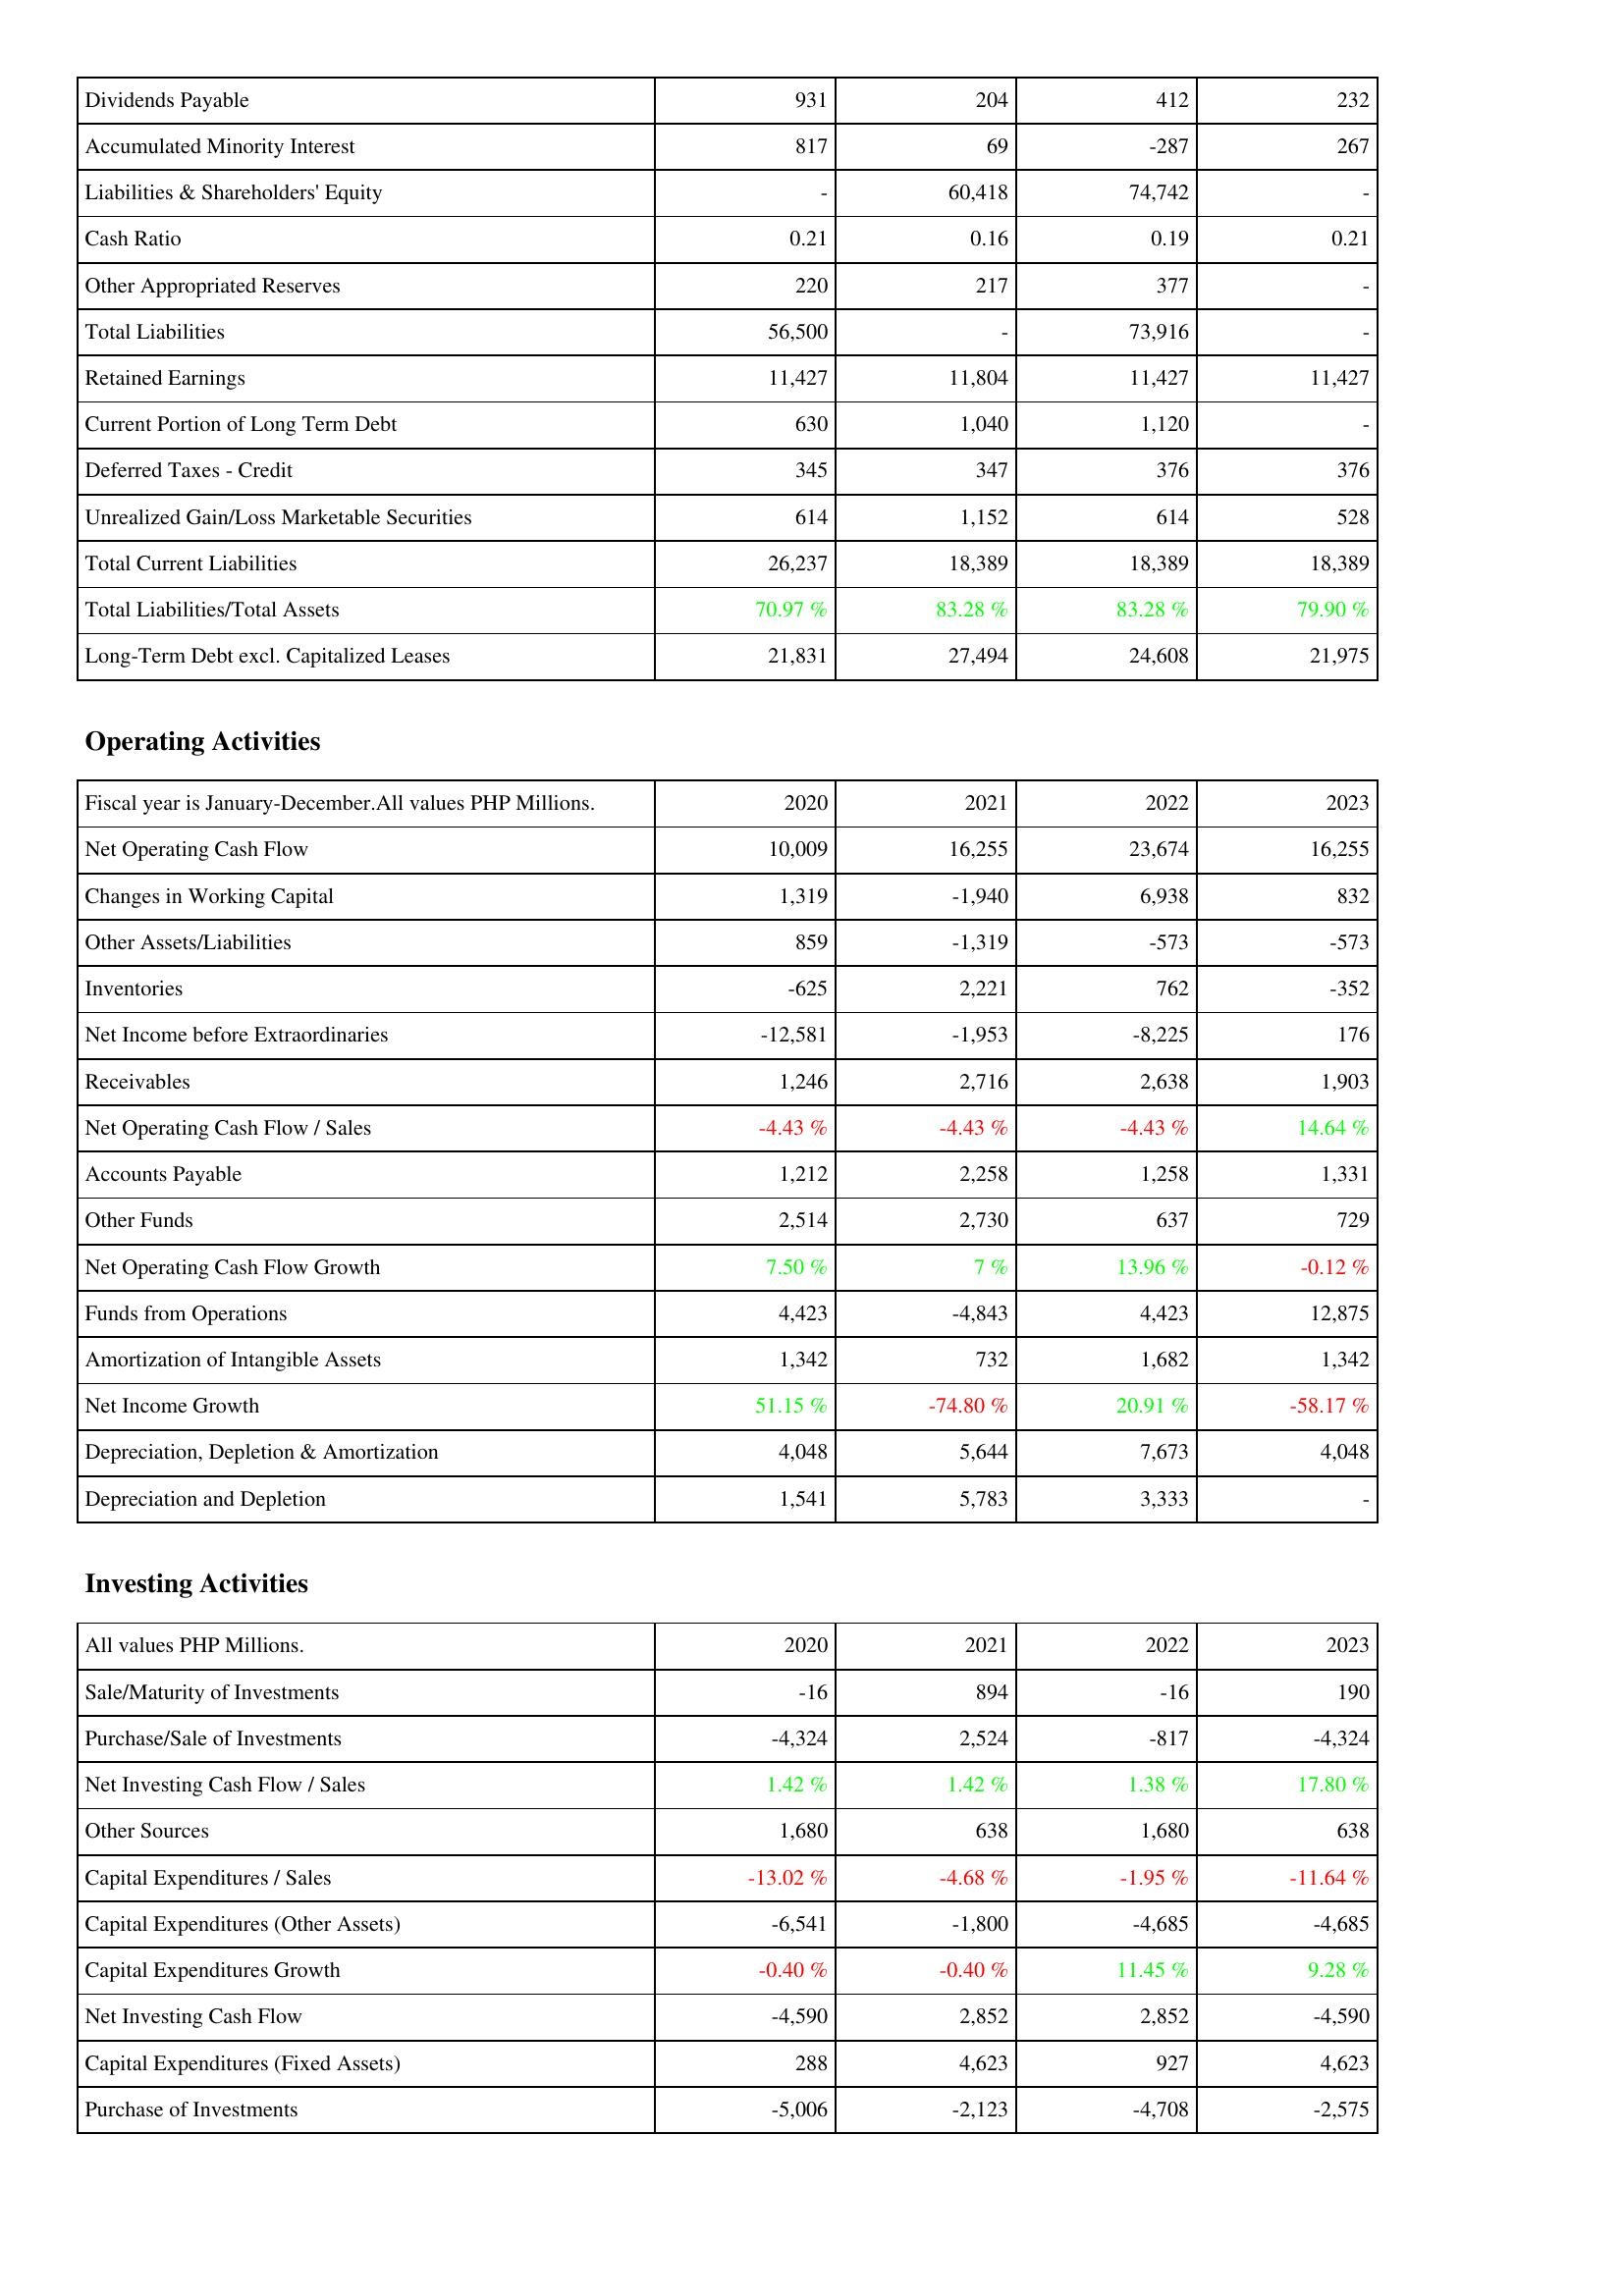
2020: Liabilities & Shareholders' Equity: Dividends Payable: 931
Accumulated Minority Interest: 817
Liabilities & Shareholders' Equity: -
Cash Ratio: 0.21
Other Appropriated Reserves: 220
Total Liabilities: 56,500
Retained Earnings: 11,427
Current Portion of Long Term Debt: 630
Deferred Taxes - Credit: 345
Unrealized Gain/Loss Marketable Securities: 614
Total Current Liabilities: 26,237
Total Liabilities/Total Assets: 70.97 %
Long-Term Debt excl. Capitalized Leases: 21,831
Operating Activities: Net Operating Cash Flow: 10,009
Changes in Working Capital: 1,319
Other Assets/Liabilities: 859
Inventories: -625
Net Income before Extraordinaries: -12,581
Receivables: 1,246
Net Operating Cash Flow / Sales: -4.43 %
Accounts Payable: 1,212
Other Funds: 2,514
Net Operating Cash Flow Growth: 7.50 %
Funds from Operations: 4,423
Amortization of Intangible Assets: 1,342
Net Income Growth: 51.15 %
Depreciation, Depletion & Amortization: 4,048
Depreciation and Depletion: 1,541
Investing Activities: Sale/Maturity of Investments: -16
Purchase/Sale of Investments: -4,324
Net Investing Cash Flow / Sales: 1.42 %
Other Sources: 1,680
Capital Expenditures / Sales: -13.02 %
Capital Expenditures (Other Assets): -6,541
Capital Expenditures Growth: -0.40 %
Net Investing Cash Flow: -4,590
Capital Expenditures (Fixed Assets): 288
Purchase of Investments: -5,006
2021: Liabilities & Shareholders' Equity: Dividends Payable: 204
Accumulated Minority Interest: 69
Liabilities & Shareholders' Equity: 60,418
Cash Ratio: 0.16
Other Appropriated Reserves: 217
Total Liabilities: -
Retained Earnings: 11,804
Current Portion of Long Term Debt: 1,040
Deferred Taxes - Credit: 347
Unrealized Gain/Loss Marketable Securities: 1,152
Total Current Liabilities: 18,389
Total Liabilities/Total Assets: 83.28 %
Long-Term Debt excl. Capitalized Leases: 27,494
Operating Activities: Net Operating Cash Flow: 16,255
Changes in Working Capital: -1,940
Other Assets/Liabilities: -1,319
Inventories: 2,221
Net Income before Extraordinaries: -1,953
Receivables: 2,716
Net Operating Cash Flow / Sales: -4.43 %
Accounts Payable: 2,258
Other Funds: 2,730
Net Operating Cash Flow Growth: 7 %
Funds from Operations: -4,843
Amortization of Intangible Assets: 732
Net Income Growth: -74.80 %
Depreciation, Depletion & Amortization: 5,644
Depreciation and Depletion: 5,783
Investing Activities: Sale/Maturity of Investments: 894
Purchase/Sale of Investments: 2,524
Net Investing Cash Flow / Sales: 1.42 %
Other Sources: 638
Capital Expenditures / Sales: -4.68 %
Capital Expenditures (Other Assets): -1,800
Capital Expenditures Growth: -0.40 %
Net Investing Cash Flow: 2,852
Capital Expenditures (Fixed Assets): 4,623
Purchase of Investments: -2,123
2022: Liabilities & Shareholders' Equity: Dividends Payable: 412
Accumulated Minority Interest: -287
Liabilities & Shareholders' Equity: 74,742
Cash Ratio: 0.19
Other Appropriated Reserves: 377
Total Liabilities: 73,916
Retained Earnings: 11,427
Current Portion of Long Term Debt: 1,120
Deferred Taxes - Credit: 376
Unrealized Gain/Loss Marketable Securities: 614
Total Current Liabilities: 18,389
Total Liabilities/Total Assets: 83.28 %
Long-Term Debt excl. Capitalized Leases: 24,608
Operating Activities: Net Operating Cash Flow: 23,674
Changes in Working Capital: 6,938
Other Assets/Liabilities: -573
Inventories: 762
Net Income before Extraordinaries: -8,225
Receivables: 2,638
Net Operating Cash Flow / Sales: -4.43 %
Accounts Payable: 1,258
Other Funds: 637
Net Operating Cash Flow Growth: 13.96 %
Funds from Operations: 4,423
Amortization of Intangible Assets: 1,682
Net Income Growth: 20.91 %
Depreciation, Depletion & Amortization: 7,673
Depreciation and Depletion: 3,333
Investing Activities: Sale/Maturity of Investments: -16
Purchase/Sale of Investments: -817
Net Investing Cash Flow / Sales: 1.38 %
Other Sources: 1,680
Capital Expenditures / Sales: -1.95 %
Capital Expenditures (Other Assets): -4,685
Capital Expenditures Growth: 11.45 %
Net Investing Cash Flow: 2,852
Capital Expenditures (Fixed Assets): 927
Purchase of Investments: -4,708
2023: Liabilities & Shareholders' Equity: Dividends Payable: 232
Accumulated Minority Interest: 267
Liabilities & Shareholders' Equity: -
Cash Ratio: 0.21
Other Appropriated Reserves: -
Total Liabilities: -
Retained Earnings: 11,427
Current Portion of Long Term Debt: -
Deferred Taxes - Credit: 376
Unrealized Gain/Loss Marketable Securities: 528
Total Current Liabilities: 18,389
Total Liabilities/Total Assets: 79.90 %
Long-Term Debt excl. Capitalized Leases: 21,975
Operating Activities: Net Operating Cash Flow: 16,255
Changes in Working Capital: 832
Other Assets/Liabilities: -573
Inventories: -352
Net Income before Extraordinaries: 176
Receivables: 1,903
Net Operating Cash Flow / Sales: 14.64 %
Accounts Payable: 1,331
Other Funds: 729
Net Operating Cash Flow Growth: -0.12 %
Funds from Operations: 12,875
Amortization of Intangible Assets: 1,342
Net Income Growth: -58.17 %
Depreciation, Depletion & Amortization: 4,048
Depreciation and Depletion: -
Investing Activities: Sale/Maturity of Investments: 190
Purchase/Sale of Investments: -4,324
Net Investing Cash Flow / Sales: 17.80 %
Other Sources: 638
Capital Expenditures / Sales: -11.64 %
Capital Expenditures (Other Assets): -4,685
Capital Expenditures Growth: 9.28 %
Net Investing Cash Flow: -4,590
Capital Expenditures (Fixed Assets): 4,623
Purchase of Investments: -2,575